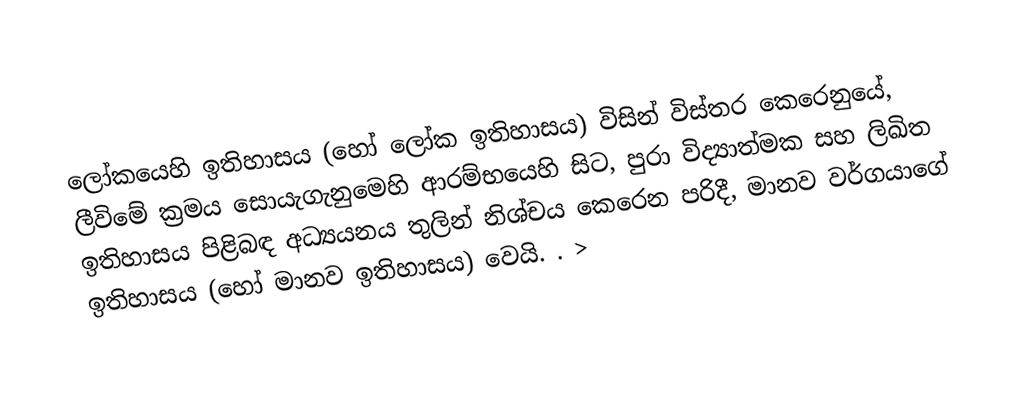
ලෝකයෙහි ඉතිහාසය (හෝ  ලෝක ඉතිහාසය) විසින් විස්තර කෙරෙනුයේ,  ලීවිමේ ක්‍රමය සොයැගැනුමෙහි ආරම්භයෙහි සිට, පුරා විද්‍යාත්මක සහ ලිඛිත ඉතිහාසය පිළිබඳ අධ්‍යයනය තුලින් නිශ්චය කෙරෙන පරිදී, මානව වර්ගයාගේ ඉතිහාසය (හෝ  මානව ඉතිහාසය) වෙයි. .  >